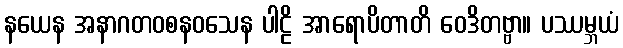
နယေန အနာဂတဝစနဝသေန ပါဠိ အာရောပိတာတိ ဝေဒိတဗ္ဗာ။ ပဿမ္ဘယံ